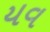
યવ